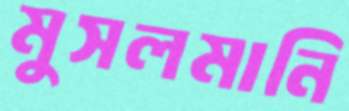
মুসলমানি